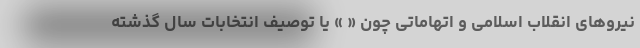
نیروهای انقلاب اسلامی و اتهاماتی چون « » یا توصیف انتخابات سال گذشته